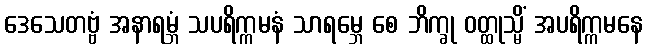
ဒေသေတဗ္ဗံ အနာရမ္ဘံ သပရိက္ကမနံ သာရမ္ဘေ စေ ဘိက္ခု ဝတ္ထုသ္မိံ အပရိက္ကမနေ